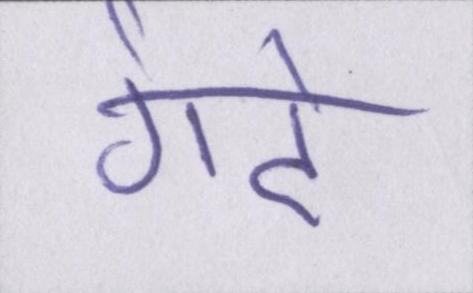
गंदे